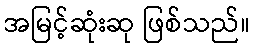
အမြင့်ဆုံးဆု ဖြစ်သည်။